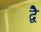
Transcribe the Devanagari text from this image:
द्वेै